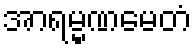
အာရမ္မဏမေတံ